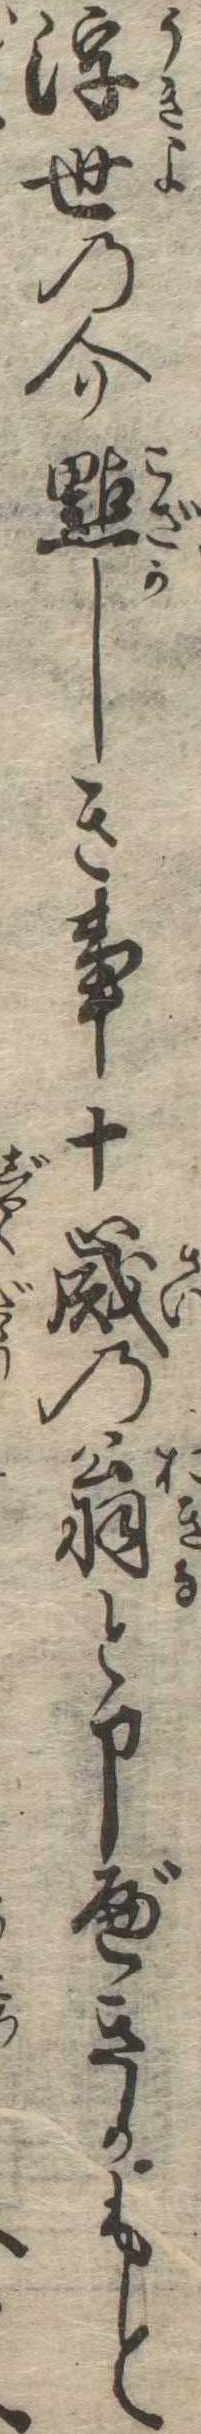
浮世の介黠しき事十歳の翁と申べきかもと